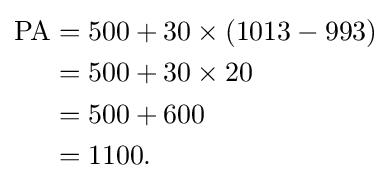
{\begin{aligned}{\text{PA}}&=500+30\times (1013-993)\\&=500+30\times 20\\&=500+600\\&=1100.\end{aligned}}